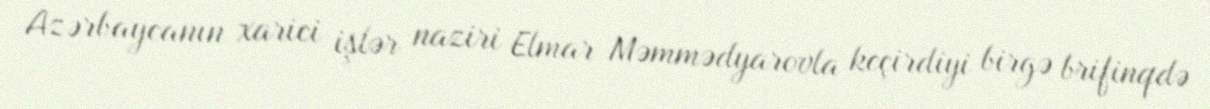
Azərbaycanın xarici işlər naziri Elmar Məmmədyarovla keçirdiyi birgə brifinqdə